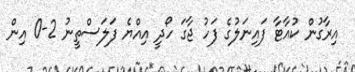
އިރާގުން ކުއާޓާ ފައިނަލުގެ ފަހު ޖާގަ ހޯދީ އިއްޔެ ފަލަސްތީނު 2-0 އިން